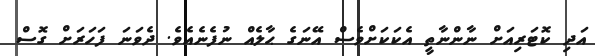
އަދި ކޮޓަރިއަށް ނާންނާތީ އެކަކަށްވެސް އޭނަގެ ޙާލެއް ނުފެނެއެވެ. ދެވަނަ ފަހަރަށް ގޮސް